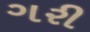
ગરી